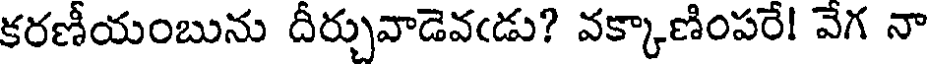
కరణీయంబును దీర్చువాడెవఁడు? వక్కాణింపరే! వేగ నా